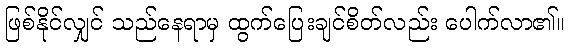
ဖြစ်နိုင်လျှင် သည်နေရာမှ ထွက်ပြေးချင်စိတ်လည်း ပေါက်လာ၏။